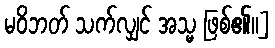
မဝိဘတ် သက်လျှင် အသ္မ ဖြစ်၏။]